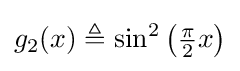
g_{2}(x)\triangleq \sin ^{2}\left({\tfrac {\pi }{2}}x\right)